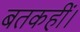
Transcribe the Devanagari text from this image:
बतकहीं।